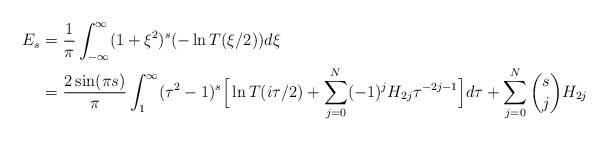
LaTeX: \begin{align*} E_s = & \ \frac1\pi \int_{-\infty}^\infty (1+\xi^2)^{s} (-\real \ln T(\xi/2)) d\xi \\ = &\ \frac{2\sin(\pi s)}\pi \int_1^\infty(\tau^2-1)^s \Big[ \real \ln T(i\tau/2) + \sum_{j=0}^N (-1)^j H_{2j} \tau^{-2j-1}\Big] d\tau + \sum_{j=0}^N \binom{s}{j} H_{2j} \end{align*}